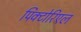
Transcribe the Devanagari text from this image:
पिक्टोरिएल